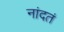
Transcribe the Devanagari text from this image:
नांदतं